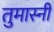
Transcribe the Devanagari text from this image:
तुमास्नी